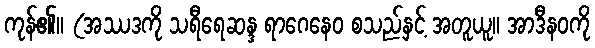
ကုန်၏။ (အဿဒကို သရီရေဆန္ဒ ရာဂေနေဝ စသည်နှင့် အတူယူ။ အာဒီနဝကို